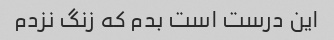
این درست است بدم که زنگ نزدم